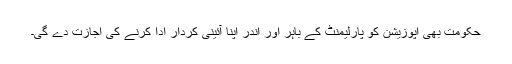
حکومت بھی اپوزیشن کو پارلیمنٹ کے باہر اور اندر اپنا آئینی کردار ادا کرنے کی اجازت دے گی۔